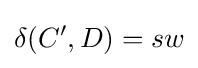
\delta (C',D)=sw